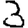
Digit: 3